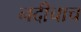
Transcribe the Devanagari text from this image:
नदीचाच